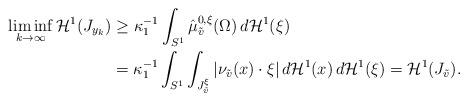
LaTeX: \begin{align*}\liminf_{k \to \infty} {\cal H}^1(J_{y_k}) & \ge \kappa_1^{-1} \int_{S^1} \hat{\mu}^{0,\xi}_{\tilde{v}}(\Omega) \, d{\cal H}^1(\xi) \\& = \kappa_1^{-1} \int_{S^1} \int_{J^\xi_{\tilde{v}}} |\nu_{\tilde{v}}(x) \cdot \xi| \, d{\cal H}^1(x)\, d{\cal H}^1(\xi) = {\cal H}^1( J_{\tilde{v}} ).\end{align*}